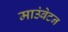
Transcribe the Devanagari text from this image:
माउंबेटन